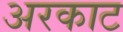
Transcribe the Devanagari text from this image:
अरकाट